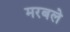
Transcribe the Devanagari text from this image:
मरबले